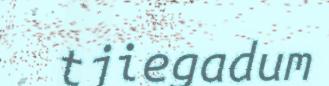
tjiegadum